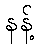
နန့်